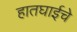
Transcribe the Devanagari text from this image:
हातघाईचे